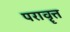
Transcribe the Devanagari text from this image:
परावॄत्त